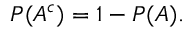
P ( A ^ { c } ) = 1 - P ( A ) .